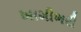
ખામીભરી